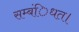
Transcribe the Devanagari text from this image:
सम्बंिधत।